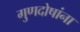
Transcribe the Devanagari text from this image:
गुणदोषांना